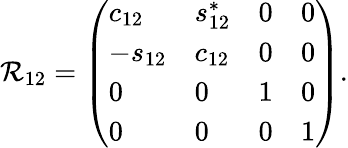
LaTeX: \mathcal{R}_{12}=\left(\begin{array}{llll}{{c_{12}}}&{{s_{12}^{\ast}}}&{{0}}&{{0}}\\ {{-s_{12}}}&{{c_{12}}}&{{0}}&{{0}}\\ {{0}}&{{0}}&{{1}}&{{0}}\\ {{0}}&{{0}}&{{0}}&{{1}}\end{array}\right).